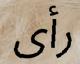
رأى